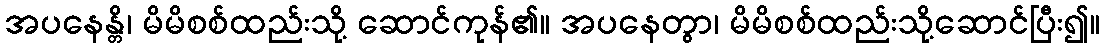
အပနေန္တိ၊ မိမိစစ်ထည်းသို့ ဆောင်ကုန်၏။ အပနေတွာ၊ မိမိစစ်ထည်းသို့ဆောင်ပြီး၍။